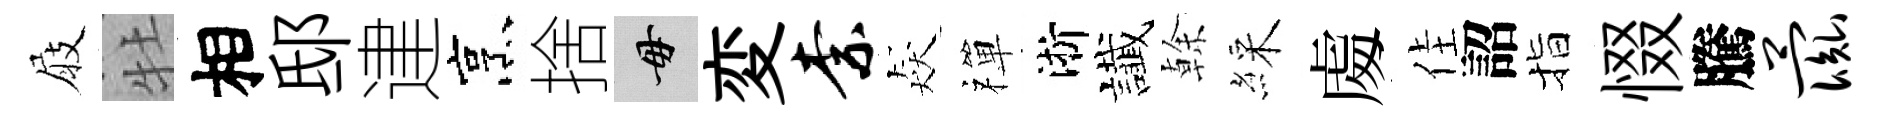
屐牡相邸䢖烹捨毋変柰猋禪淅䜟𠏉綵䖏佳詔指惙騰彘